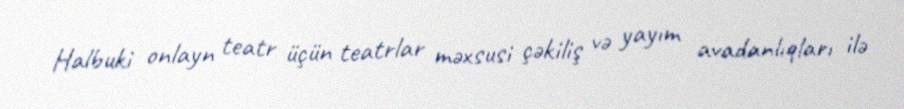
Halbuki onlayn teatr üçün teatrlar məxsusi çəkiliş və yayım avadanlıqları ilə